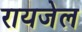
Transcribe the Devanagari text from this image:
रायजेल